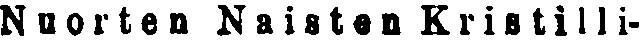
Nuorten Naisten Kristilli-